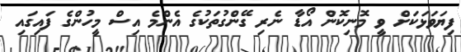
ފިޔަވަޅަކަށް ވީ މޮނިކޮން އޯޑާ ނެރި ގޭންގުތަކުގެ އެންމެ އިސް މީހުންގެ ފައިގައި